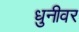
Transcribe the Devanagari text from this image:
धुनीवर